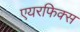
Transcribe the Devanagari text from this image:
एयरफिक्स